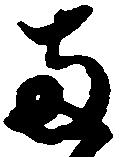
両